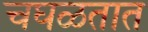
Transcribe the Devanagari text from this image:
चघळतात